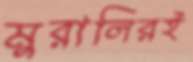
মুরালিরই